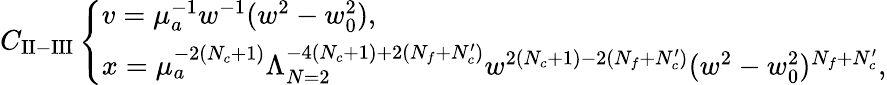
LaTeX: C_{\mathrm{II-III}}\left\{ \begin{array}{l}{{v=\mu_{a}^{-1}w^{-1}(w^{2}-w_{0}^{2}),}}\\ {{x=\mu_{a}^{-2(N_{c}+1)}\Lambda_{N=2}^{-4(N_{c}+1)+2(N_{f}+N_{c}^{\prime})}w^{2(N_{c}+1)-2(N_{f}+N_{c}^{\prime})}(w^{2}-w_{0}^{2})^{N_{f}+N_{c}^{\prime}},}}\end{array}\right.